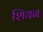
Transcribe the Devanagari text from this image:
शियन